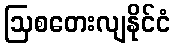
ဩစတေးလျနိုင်ငံ